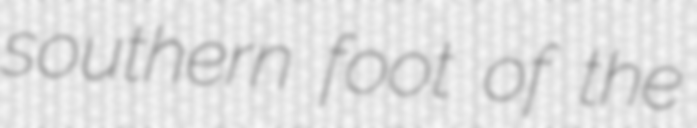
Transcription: southern foot of the